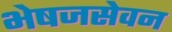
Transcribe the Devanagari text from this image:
भेषजसेवन